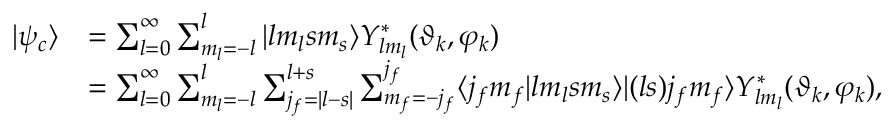
\begin{array} { r l } { | \psi _ { c } \rangle } & { = \sum _ { l = 0 } ^ { \infty } \sum _ { m _ { l } = - l } ^ { l } | l m _ { l } s m _ { s } \rangle Y _ { l m _ { l } } ^ { * } ( \vartheta _ { k } , \varphi _ { k } ) } \\ & { = \sum _ { l = 0 } ^ { \infty } \sum _ { m _ { l } = - l } ^ { l } \sum _ { j _ { f } = | l - s | } ^ { l + s } \sum _ { m _ { f } = - j _ { f } } ^ { j _ { f } } \langle j _ { f } m _ { f } | l m _ { l } s m _ { s } \rangle | ( l s ) j _ { f } m _ { f } \rangle Y _ { l m _ { l } } ^ { * } ( \vartheta _ { k } , \varphi _ { k } ) , } \end{array}